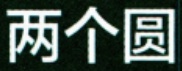
两个圆